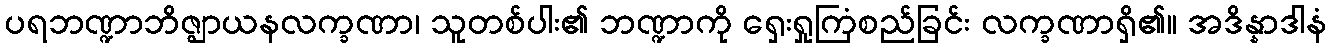
ပရဘဏ္ဍာဘိဇ္ဈာယနလက္ခဏာ၊ သူတစ်ပါး၏ ဘဏ္ဍာကို ရှေးရှုကြံစည်ခြင်း လက္ခဏာရှိ၏။ အဒိန္နာဒါနံ